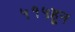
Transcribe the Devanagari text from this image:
५१५हून